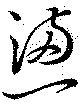
懣